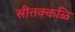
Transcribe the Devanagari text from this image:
सीतक्कळि